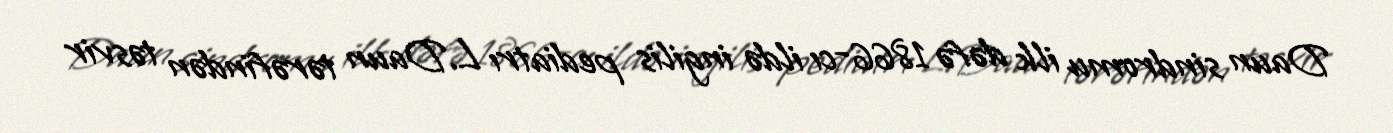
Daun sindromu ilk dəfə 1866-cı ildə ingilis pediatrı L.Daun tərəfindən təsvir